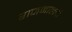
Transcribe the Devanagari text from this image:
राजमालाई